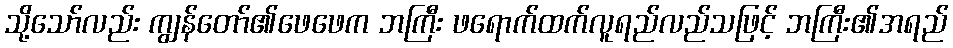
သို့သော်လည်း ကျွန်တော်၏ဖေဖေက ဘကြီး ဖရောက်ထက်လူရည်လည်သဖြင့် ဘကြီး၏အရည်